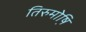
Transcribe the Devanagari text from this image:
तिरुमोष़ि